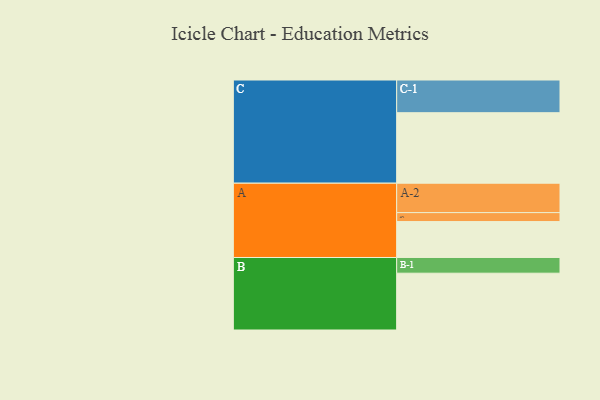
{"axis": {"x": "Segment", "y": "Value"}, "legend": ["", "A", "B", "C"], "data": [{"x": "A", "y": 304, "type": ""}, {"x": "B", "y": 481, "type": ""}, {"x": "C", "y": 597, "type": ""}, {"x": "A-1", "y": 76, "type": "A"}, {"x": "A-2", "y": 249, "type": "A"}, {"x": "B-1", "y": 133, "type": "B"}, {"x": "C-1", "y": 277, "type": "C"}]}